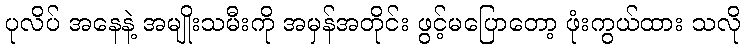
ပုလိပ် အနေနဲ့ အမျိုးသမီးကို အမှန်အတိုင်း ဖွင့်မပြောတော့ ဖုံးကွယ်ထား သလို